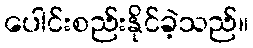
ပေါင်းစည်းနိုင်ခဲ့သည်။